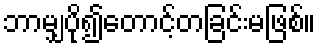
ဘာမျှပို၍တောင့်တခြင်းမဖြစ်။